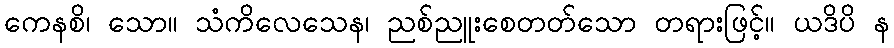
ကေနစိ၊ သော။ သံကိလေသေန၊ ညစ်ညူးစေတတ်သော တရားဖြင့်။ ယဒိပိ န